Report of the Imperial Institute of Veterinary Research, Muktesar
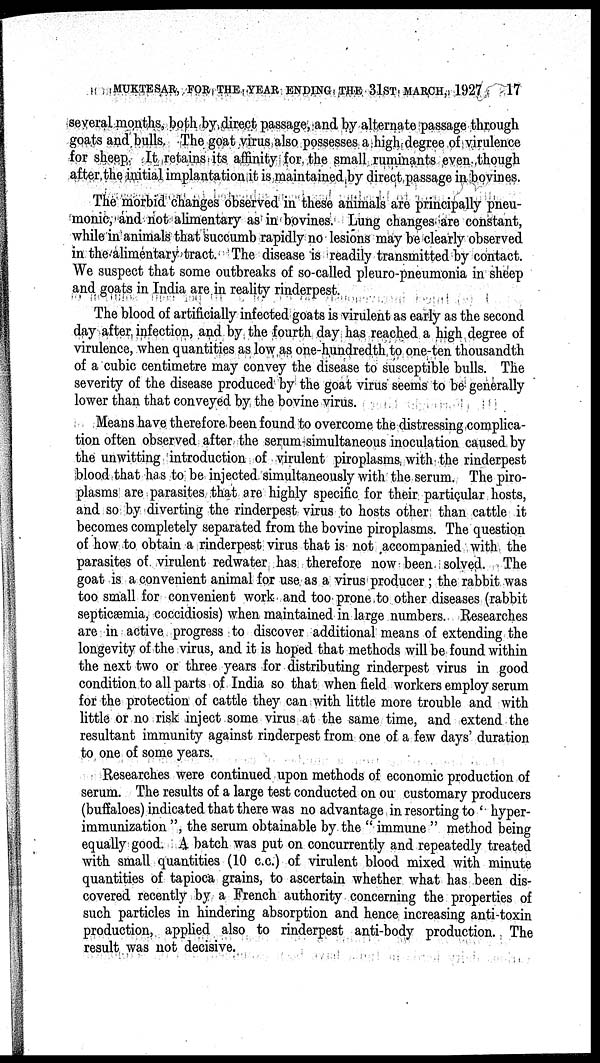
MUKTESAR, FOR THE YEAR ENDING THE 31ST MARCH, 1927
17
several months, both by direct passage, and by alternate passage through
goats and bulls. The goat virus also possesses a high degree of virulence
for sheep It retains its affinity for the small ruminants even though
after the initial implantation it is maintained by direct passage in bovines.
The morbid changes observed in these animals are principally pneu-
monic, and not alimentary as in bovines. Lung changes are constant,
while in animals that succumb rapidly no lesions may be clearly observed
in the alimentary tract. The disease is readily transmitted by contact.
We suspect that some outbreaks of so-called pleuro-pneumonia in sheep
and goats in India are in reality rinderpest.
The blood of artificially infected goats is virulent as early as the second
day after infection, and by the fourth day has reached a high degree of
virulence, when quantities as low as one-hundredth to one-ten thousandth
of a cubic centimetre may convey the disease to susceptible bulls. The
severity of the disease produced by the goat virus seems to be generally
lower than that conveyed by the bovine virus.
Means have therefore been found to overcome the distressing complica-
tion often observed after the serum-simultaneous inoculation caused by
the unwitting introduction of virulent piroplasms with the rinderpest
blood that has to be injected simultaneously with the serum. The piro-
plasms are parasites that are highly specific for their particular hosts,
and so by diverting the rinderpest virus to hosts other than cattle it
becomes completely separated from the bovine piroplasms. The question
of how to obtain a rinderpest virus that is not accompanied with the
parasites of virulent redwater has therefore now been solved. The
goat is a convenient animal for use as a virus producer; the rabbit was
too small for convenient work and too prone to other diseases (rabbit
septicæmia, coccidiosis) when maintained in large numbers. Researches
are in active progress to discover additional means of extending the
longevity of the virus, and it is hoped that methods will be found within
the next two or three years for distributing rinderpest virus in good
condition to all parts of India so that when field workers employ serum
for the protection of cattle they can with little more trouble and with
little or no risk inject some virus at the same time, and extend the
resultant immunity against rinderpest from one of a few days' duration
to one of some years.
Researches were continued upon methods of economic production of
serum. The results of a large test conducted on ou customary producers
(buffaloes) indicated that there was no advantage in resorting to ' hyper-
immunization ", the serum obtainable by the " immune " method being
equally good. A batch was put on concurrently and repeatedly treated
with small quantities (10 c.c.) of virulent blood mixed with minute
quantities of tapioca grains, to ascertain whether what has been dis-
covered recently by a French authority concerning the properties of
such particles in hindering absorption and hence increasing anti-toxin
production, applied also to rinderpest anti-body production. The
result was not decisive.